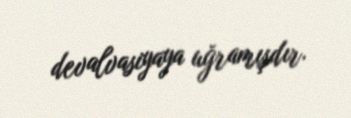
devalvasiyaya uğramışdır.